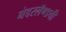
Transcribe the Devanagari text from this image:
नेदरलॅण्डची